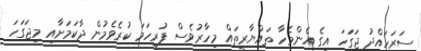
ސަރަހައްދު ޖަގަހަ އިގެ އެންމެހާ ތައްޔާރީތައް މިހާރުވެސް ފުރިހަމަ ކުރެވެމުން ދާކަމަށާއި މިޖަގަހަ